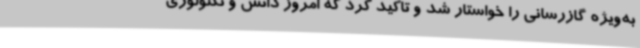
به‌ویژه گازرسانی را خواستار شد و تاکید کرد که امروز دانش و تکنولوژی